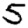
Digit: 5